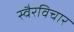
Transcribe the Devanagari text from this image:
स्वैरविचार